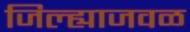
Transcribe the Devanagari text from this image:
जिल्ह्याजवळ